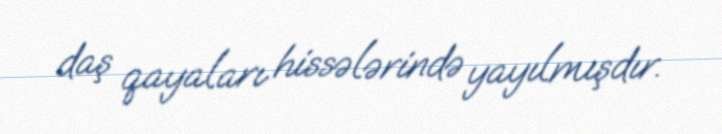
daş qayaları hissələrində yayılmışdır.